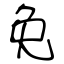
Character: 免